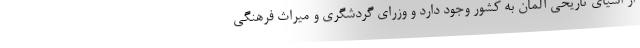
از اشیای تاریخی آلمان به کشور وجود دارد و وزرای گردشگری و میراث فرهنگی